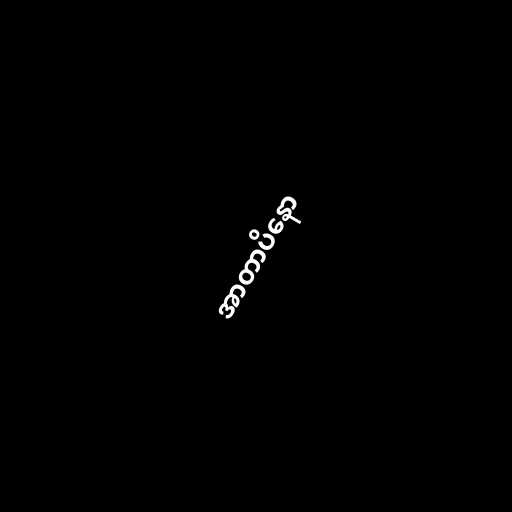
အာတာပိနော